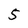
Character: 5